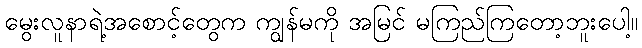
မွေးလူနာရဲ့အစောင့်တွေက ကျွန်မကို အမြင် မကြည်ကြတော့ဘူးပေါ့။